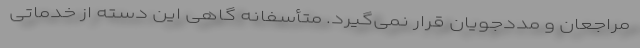
مراجعان و مددجویان قرار نمی‌گیرد. متأسفانه گاهی این دسته از خدماتی